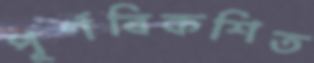
পূর্ণবিকশিত